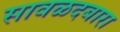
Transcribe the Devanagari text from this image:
सावळदबारा